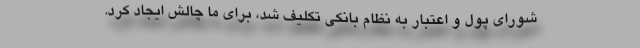
شورای پول و اعتبار به نظام بانکی تکلیف شد، برای ما چالش ایجاد کرد.